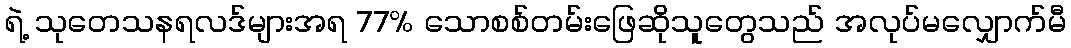
ရဲ့ သုတေသနရလဒ်များအရ 77% သောစစ်တမ်းဖြေဆိုသူတွေသည် အလုပ်မလျှောက်မီ